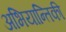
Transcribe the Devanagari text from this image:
अभियान्तिकी